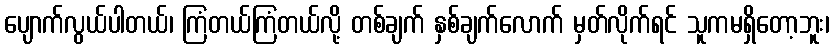
ပျောက်လွယ်ပါတယ်၊ ကြံတယ်ကြံတယ်လို့ တစ်ချက် နှစ်ချက်လောက် မှတ်လိုက်ရင် သူကမရှိတော့ဘူး၊